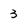
Character: 3